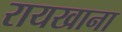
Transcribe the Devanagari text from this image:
रायखाना